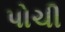
પોચી